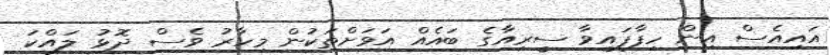
އައިއެސް އިން ހިފާފައިިވާ ސީރިއާގެ ބައެއް އަވަށްތަކުން މިހާރު ވެސް ދޮޅު ލައްކަ